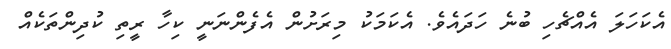
އެކަހަލަ އެއްޗެހި ބުނެ ހަދައެވެ. އެކަމަކު މިރަށުން އެފެންނަނީ ކިހާ ރީތި ކުދިންތަކެއް